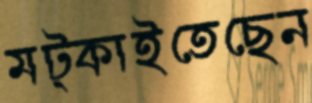
মট্‌কাইতেছেন